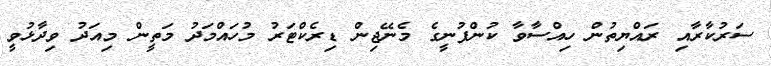
ސަރުކާރާއި ރައްޔިތުން ހިއްސާވާ ކުންފުނީގެ މެނޭޖިން ޑިރެކްޓަރު މުހައްމަދު މަތީން މިއަދު ވިދާޅުވީ